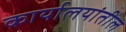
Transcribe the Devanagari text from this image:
कार्यालयांतील